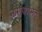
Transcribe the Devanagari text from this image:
नारायणभक्त